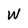
Character: W